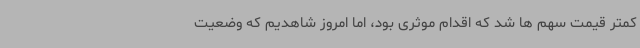
کمتر قیمت سهم ها شد که اقدام موثری بود، اما امروز شاهدیم که وضعیت